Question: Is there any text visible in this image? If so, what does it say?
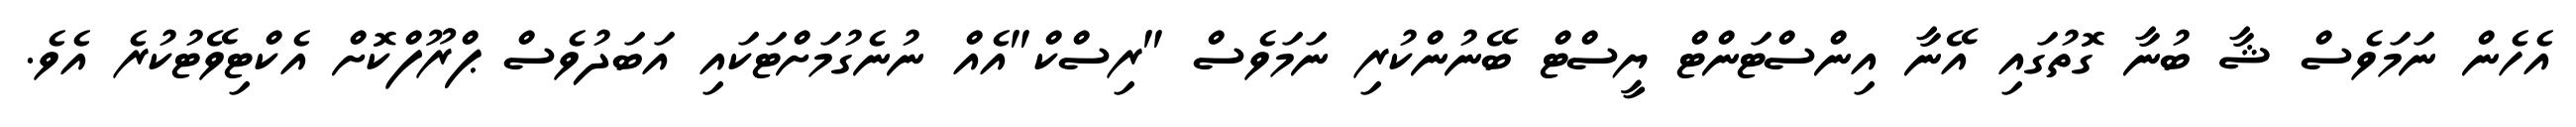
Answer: އެހެން ނަމަވެސް ޝާ ބުނާ ގޮތުގައި އޭނާ އިންސްޓަންޓް ޔީސްޓް ބޭނުންކުރި ނަމަވެސް "ރިސްކް"އެއް ނުނެގުމަށްޓަކައި އަބަދުވެސް ޕްރޫފްކޮށް އެކްޓިވޭޓުކުރެ އެވެ.